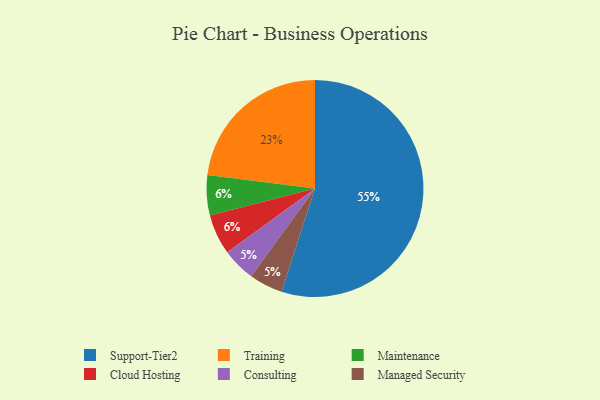
{"axis": {"x": "Category", "y": "Percentage"}, "legend": ["Cloud Hosting", "Consulting", "Maintenance", "Managed Security", "Support-Tier2", "Training"], "data": [{"x": "Consulting", "y": 5, "type": "Consulting"}, {"x": "Support-Tier2", "y": 55, "type": "Support-Tier2"}, {"x": "Training", "y": 23, "type": "Training"}, {"x": "Maintenance", "y": 6, "type": "Maintenance"}, {"x": "Cloud Hosting", "y": 6, "type": "Cloud Hosting"}, {"x": "Managed Security", "y": 5, "type": "Managed Security"}]}